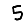
Digit: 5